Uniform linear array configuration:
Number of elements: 32
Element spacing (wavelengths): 0.25
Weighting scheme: exponential
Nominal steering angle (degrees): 15
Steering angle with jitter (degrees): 14.373
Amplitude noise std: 0.05
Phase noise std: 0.05

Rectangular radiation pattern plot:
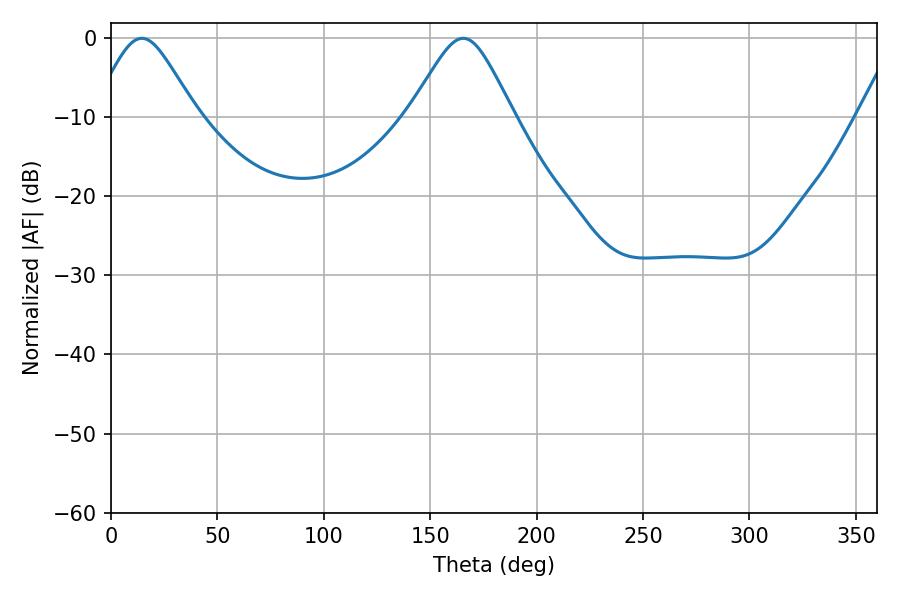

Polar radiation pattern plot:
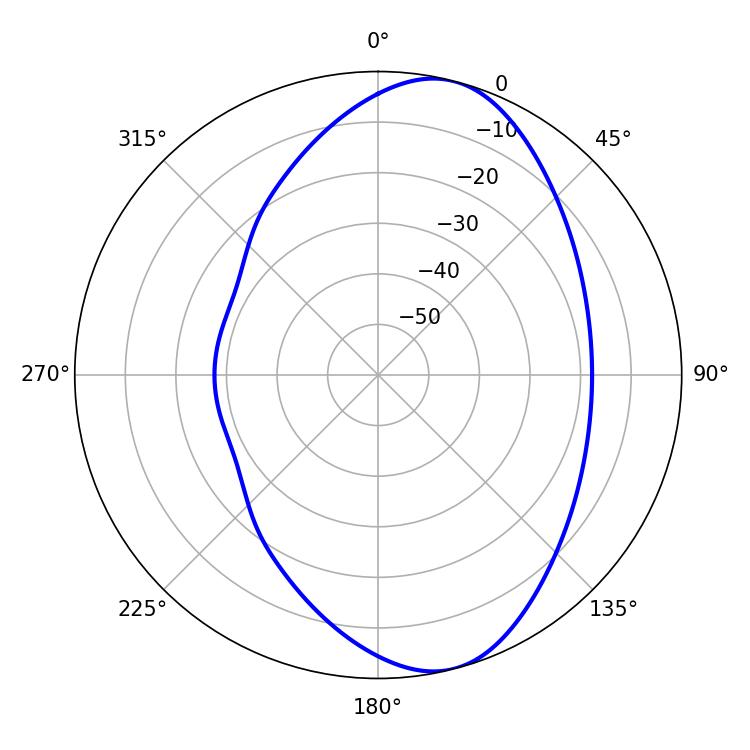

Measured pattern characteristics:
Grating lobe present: FALSE
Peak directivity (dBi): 8.562
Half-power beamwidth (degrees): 23.58
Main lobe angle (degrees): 14.4